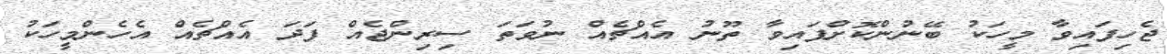
ޖެހިފައިވާ މީހަކު ބޭނުންކޮށްފައިވާ ތޫނު އެއްޗެއް ނުވަތަ ސިރިންޖެއް ފަދަ އެއްޗެއް އެހެންމީހަކު